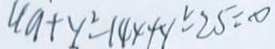
4 a + y ^ { 2 } - 1 4 4 + y \leq 2 5 = 0